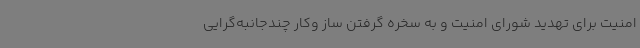
امنیت برای تهدید شورای امنیت و به سخره گرفتن ساز وکار چندجانبه‌گرایی